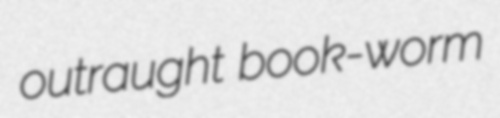
outraught book-worm